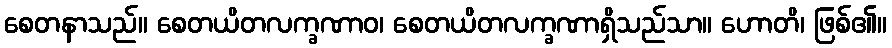
စေတနာသည်။ စေတယိတလက္ခဏာဝ၊ စေတယိတလက္ခဏာရှိသည်သာ။ ဟောတိ၊ ဖြစ်၏။